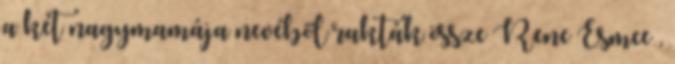
a két nagymamája nevéből rakták össze Rene Esmee ,